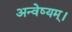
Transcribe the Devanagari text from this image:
अन्वेष्यम्।